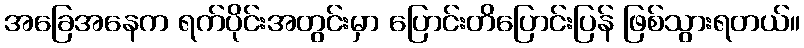
အခြေအနေက ရက်ပိုင်းအတွင်းမှာ ပြောင်းတိပြောင်းပြန် ဖြစ်သွားရတယ်။